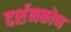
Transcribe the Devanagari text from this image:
दर्शनकोण